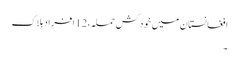
افغانستان میں خود کش حملہ،12 افراد ہلاک
۔